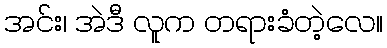
အင်း၊ အဲဒီ လူက တရားခံတဲ့လေ။